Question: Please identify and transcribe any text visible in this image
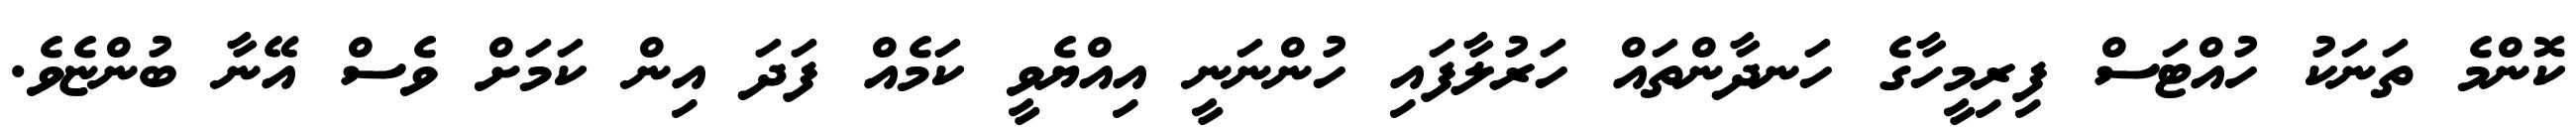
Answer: ކޮންމެ ތަނަކު ހުއްޓަސް ފިރިމީހާގެ ހަނދާންތައް ހަރުލާފައި ހުންނަނީ އިއްޔެވީ ކަމެއް ފަދަ އިން ކަމަށް ވެސް އޭނާ ބުންޏެވެ.